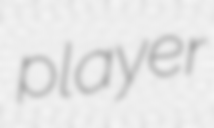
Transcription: player